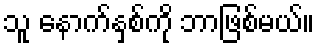
သူ နောက်နှစ်ကို ဘာဖြစ်မယ်။